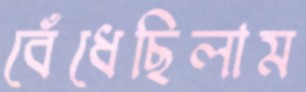
বেঁধেছিলাম